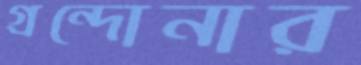
গ্রন্দোনার